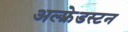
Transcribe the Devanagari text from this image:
अल्फ़्रेडस्टन